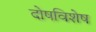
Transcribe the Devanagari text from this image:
दोषविशेष